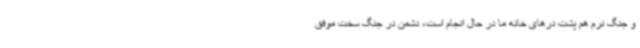
و جنگ نرم هم پشت درهای خانه ما در حال انجام است، دشمن در جنگ سخت موفق